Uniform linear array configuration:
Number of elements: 12
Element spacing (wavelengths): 0.5
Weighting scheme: binomial
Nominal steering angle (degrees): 60
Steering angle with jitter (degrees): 60.25
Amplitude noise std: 0.05
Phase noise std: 0.05

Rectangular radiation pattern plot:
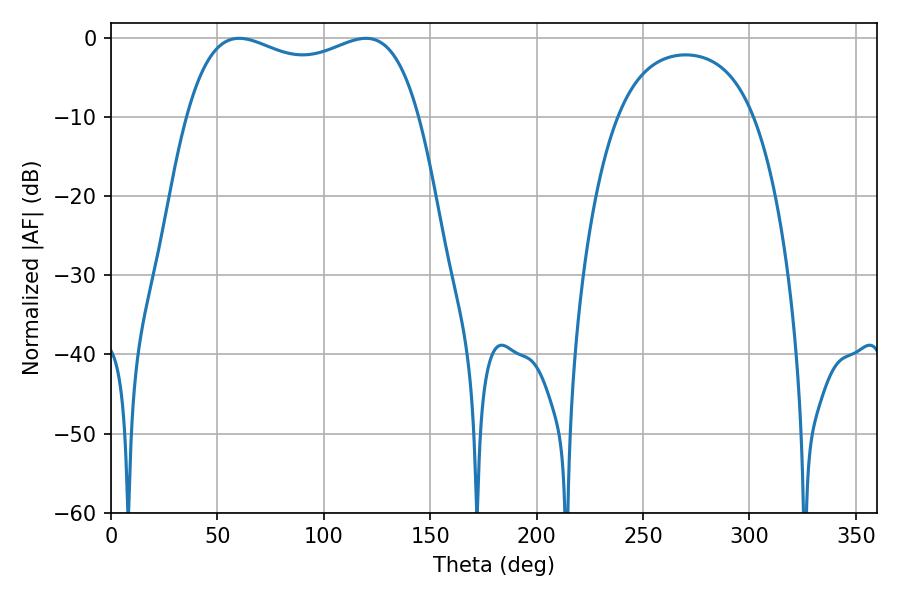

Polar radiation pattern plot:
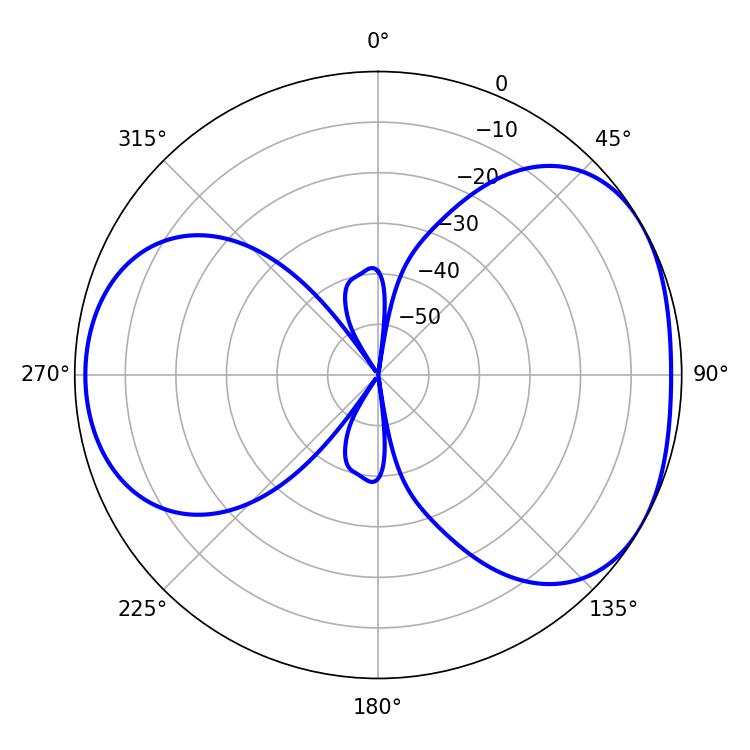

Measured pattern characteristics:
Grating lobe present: FALSE
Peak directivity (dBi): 4.354
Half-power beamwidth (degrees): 89.64
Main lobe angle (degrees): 60.3